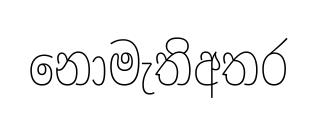
නොමැතිඅතර